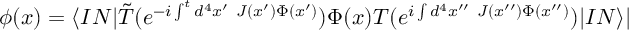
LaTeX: \phi ( x ) = \langle I N | \tilde { T } ( e ^ { - i \int ^ { t } d ^ { 4 } x ^ { \prime } ~ J ( x ^ { \prime } ) \Phi ( x ^ { \prime } ) } ) \Phi ( x ) T ( e ^ { i \int d ^ { 4 } x ^ { \prime \prime } ~ J ( x ^ { \prime \prime } ) \Phi ( x ^ { \prime \prime } ) } ) | I N \rangle |